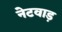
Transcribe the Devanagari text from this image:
नेटवाड़